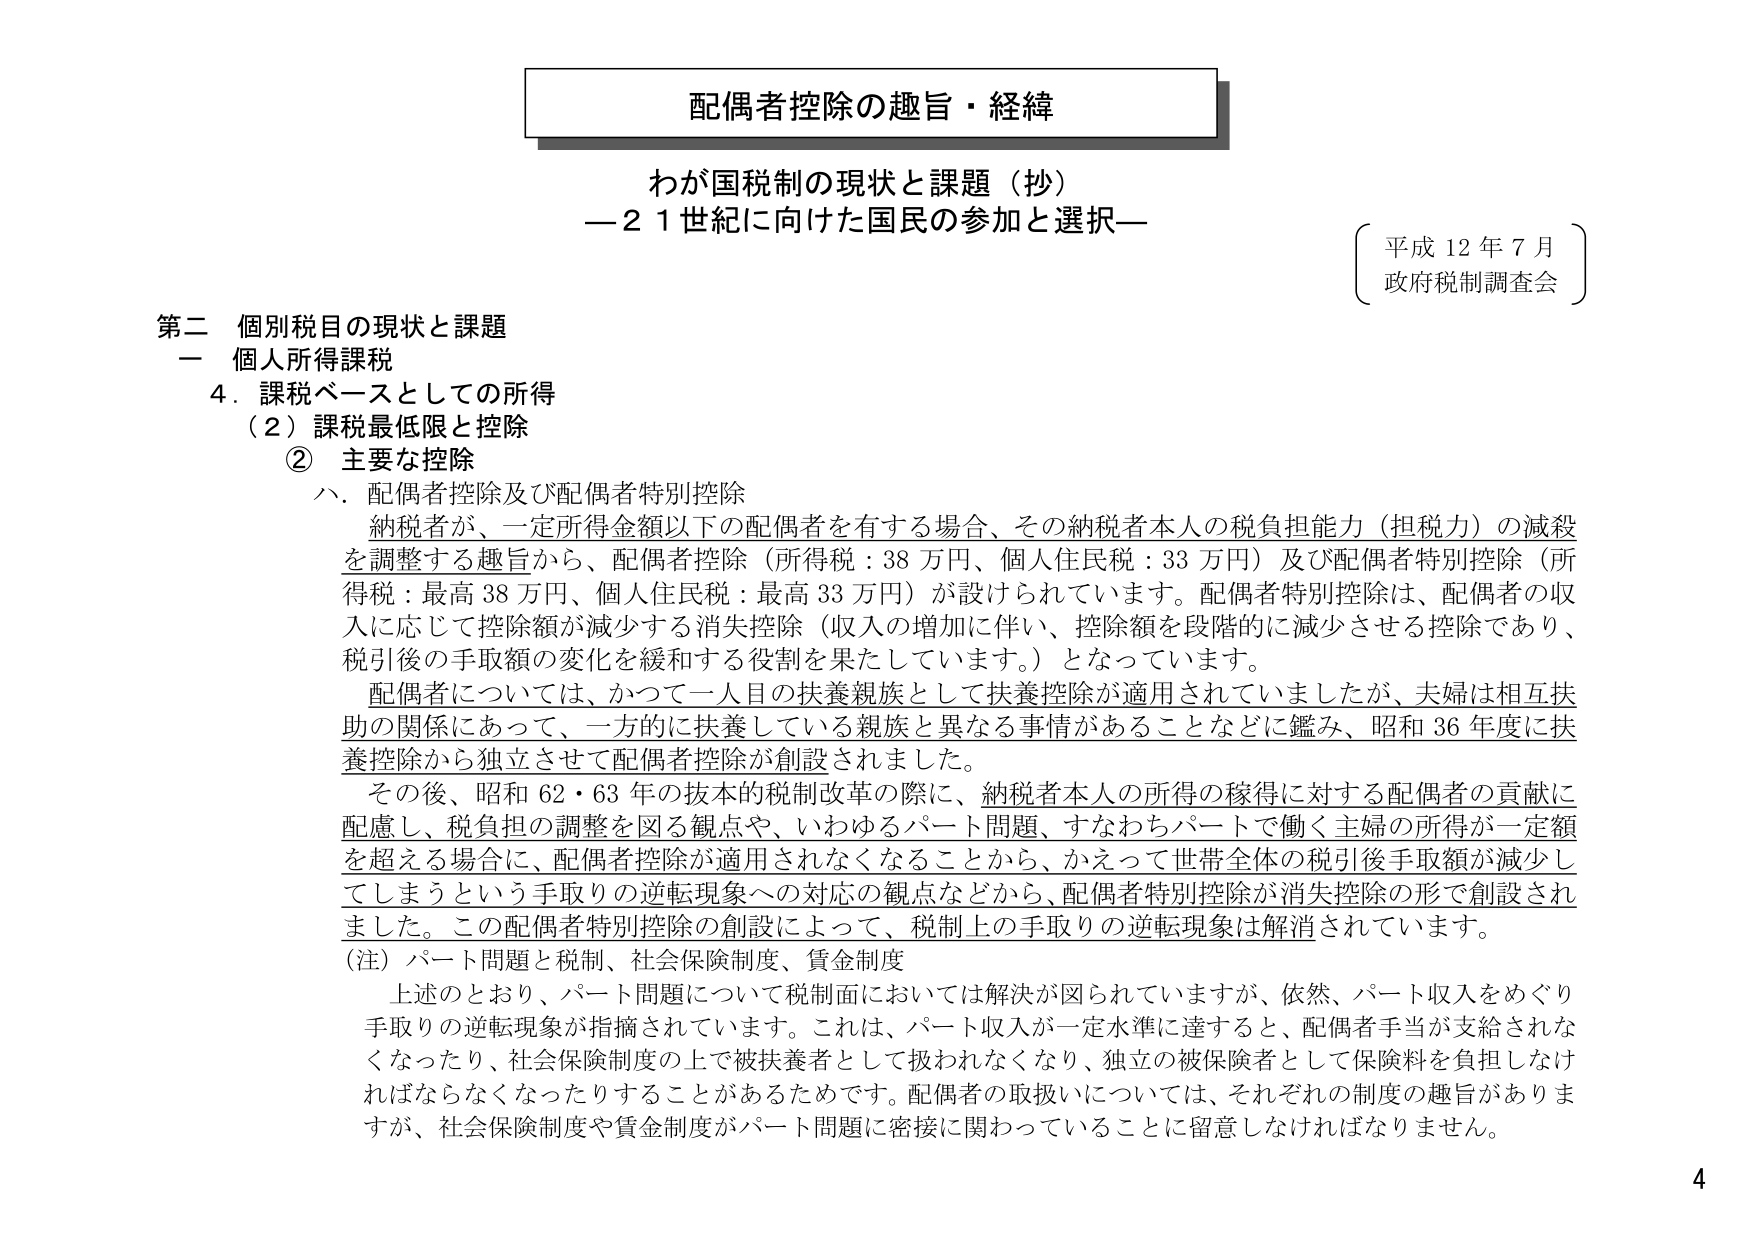
配偶者控除の趣旨・経緯

わが国税制の現状と課題（抄）
—21世紀に向けた国民の参加と選択—

平成12年7月
政府税制調査会

第二 個別税目の現状と課題
一 個人所得課税
4．課税ベースとしての所得
（2）課税最低限と控除
② 主要な控除
ハ．配偶者控除及び配偶者特別控除
　納税者が、一定所得金額以下の配偶者を有する場合、その納税者本人の税負担能力（担税力）の減殺を調整する趣旨から、配偶者控除（所得税：38万円、個人住民税：33万円）及び配偶者特別控除（所得税：最高38万円、個人住民税：最高33万円）が設けられています。配偶者特別控除は、配偶者の収入に応じて控除額が減少する消失控除（収入の増加に伴い、控除額を段階的に減少させる控除であり、税引後の手取額の変化を緩和する役割を果たしています。）となっています。
　配偶者については、かつて一人目の扶養親族として扶養控除が適用されていましたが、夫婦は相互扶助の関係にあって、一方的に扶養している親族と異なる事情があることなどに鑑み、昭和36年度に扶養控除から独立させて配偶者控除が創設されました。
　その後、昭和62・63年の抜本的税制改革の際に、納税者本人の所得の稼得に対する配偶者の貢献に配慮し、税負担の調整を図る観点や、いわゆるパート問題、すなわちパートで働く主婦の所得が一定額を超える場合に、配偶者控除が適用されなくなることから、かえって世帯全体の税引後手取額が減少してしまうという手取りの逆転現象への対応の観点などから、配偶者特別控除が消失控除の形で創設されました。この配偶者特別控除の創設によって、税制上の手取りの逆転現象は解消されています。
（注）パート問題と税制、社会保険制度、賃金制度
　上述のとおり、パート問題について税制面においては解決が図られていますが、依然、パート収入をめぐり手取りの逆転現象が指摘されています。これは、パート収入が一定水準に達すると、配偶者手当が支給されなくなったり、社会保険制度の上で被扶養者として扱われなくなり、独立の被保険者として保険料を負担しなければならなくなったりすることがあるためです。配偶者の取扱いについては、それぞれの制度の趣旨がありますが、社会保険制度や賃金制度がパート問題に密接に関わっていることに留意しなければなりません。

4